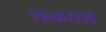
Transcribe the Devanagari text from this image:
शन्करराव